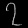
Digit: ၇